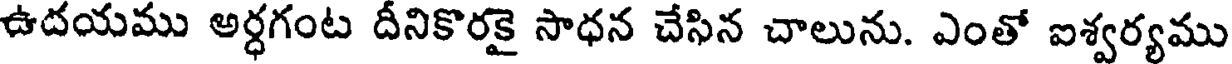
ఉదయము అర్ధగంట దీనికొరకై సాధన చేసిన చాలును. ఎంతో ఐశ్వర్యము